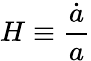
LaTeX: H\equiv{\frac{\dot{a}}{a}}